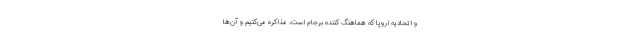
و اتحادیه اروپا که هماهنگ کننده برجام است، مذاکره می‌کنیم و آن‌ها